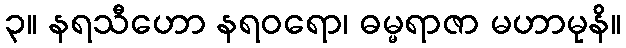
၃။ နရသီဟော နရဝရော၊ ဓမ္မရာဇာ မဟာမုနိ။